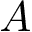
A